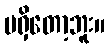
မရှိတော့ဘူး။